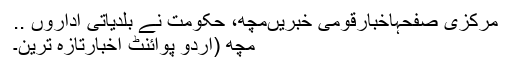
مرکزی صفحہاخبارقومی خبریںمچھ، حکومت نے بلدیاتی اداروں ..
مچھ (اُردو پوائنٹ اخبارتازہ ترین۔